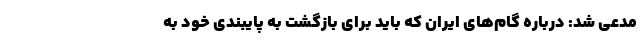
مدعی شد: درباره گام‌های ایران که باید برای بازگشت به پایبندی خود به